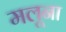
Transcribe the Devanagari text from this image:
मलूना